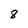
Character: 8